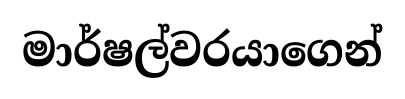
මාර්ෂල්වරයාගෙන්